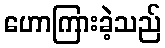
ဟောကြားခဲ့သည်